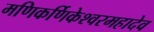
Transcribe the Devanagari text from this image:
मणिकर्णिकेश्वरमहादेव